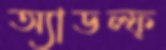
অ্যাডল্ফ্